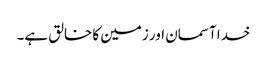
خدا آسمان اور زمین کا خالق ہے۔